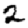
Digit: 2